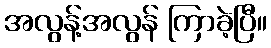
အလွန့်အလွန် ကြာခဲ့ပြီ။